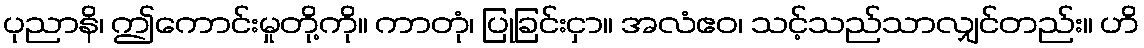
ပုညာနိ၊ ဤကောင်းမှုတို့ကို။ ကာတုံ၊ ပြုခြင်းငှာ။ အလံဧဝ၊ သင့်သည်သာလျှင်တည်း။ ဟိ